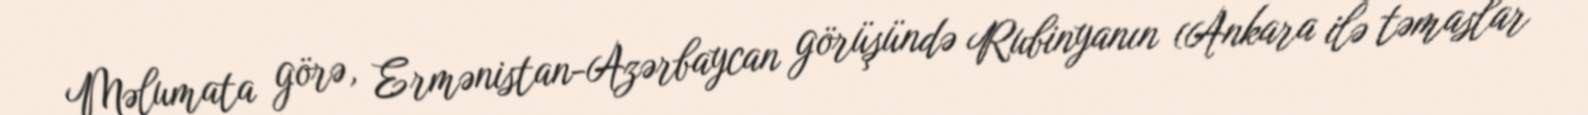
Məlumata görə, Ermənistan-Azərbaycan görüşündə Rubinyanın (Ankara ilə təmaslar